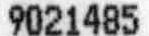
9021485